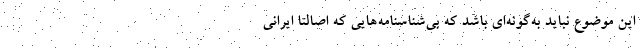
این موضوع نباید به‌گونه‌ای باشد که بی‌شناسنامه‌هایی که اصالتاً ایرانی